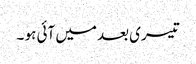
تیسری بعد میں آئی ہو ۔